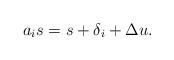
LaTeX: \begin{align*} a_i s &= s + \delta_i + \Delta u. \end{align*}